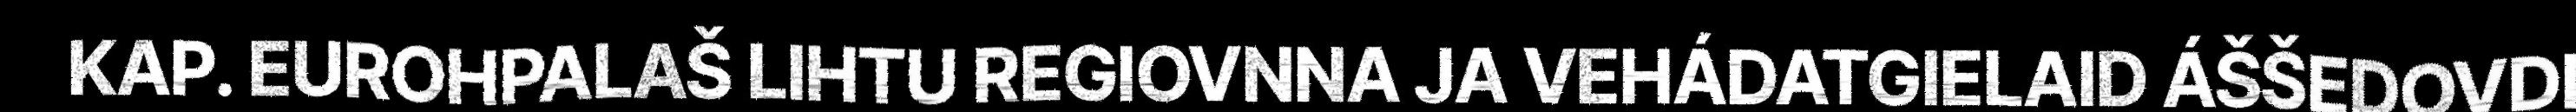
KAP. EUROHPALAŠ LIHTU REGIOVNNA JA VEHÁDATGIELAID ÁŠŠEDOVDI